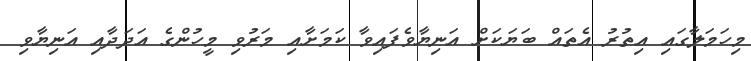
މިހަމަލާގައި އިތުރު އެތައް ބަޔަކަށް އަނިޔާވެފައިވާ ކަމަށާއި މަރުވި މީހުންގެ އަދަދާއި އަނިޔާވި